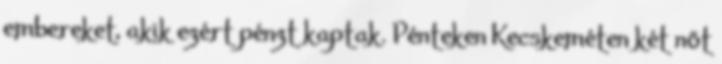
embereket, akik ezért pénzt kaptak. Pénteken Kecskeméten két nőt